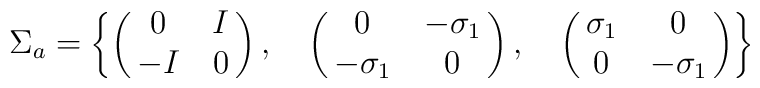
\Sigma_a=\left\{\pmatrix {0 & I \cr-I & 0 \cr}, \quad\pmatrix {0 & -\sigma_1 \cr-\sigma_1 & 0 \cr}, \quad\pmatrix {\sigma_1 & 0 \cr0 & -\sigma_1 \cr}\right\}